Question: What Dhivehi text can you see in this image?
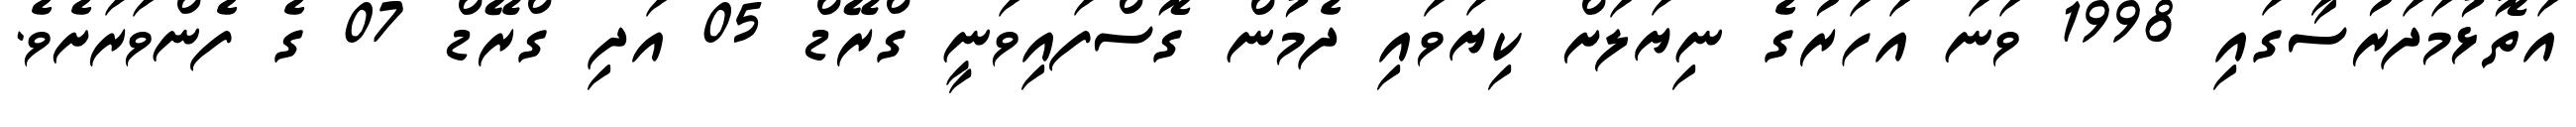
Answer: އަތޮޅުމަދަރުސާގައި 1998 ވަނަ އަހަރުގެ ނިޔަލަށް ކިޔަވައި ދެމުން ގޮސްފައިވަނީ ގްރޭޑް 05 އަދި ގްރޭޑް 07 ގެ ފެންވަރަށެވެ.